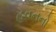
હવનનો